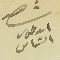
شاهد اسعد طنوس الشماس